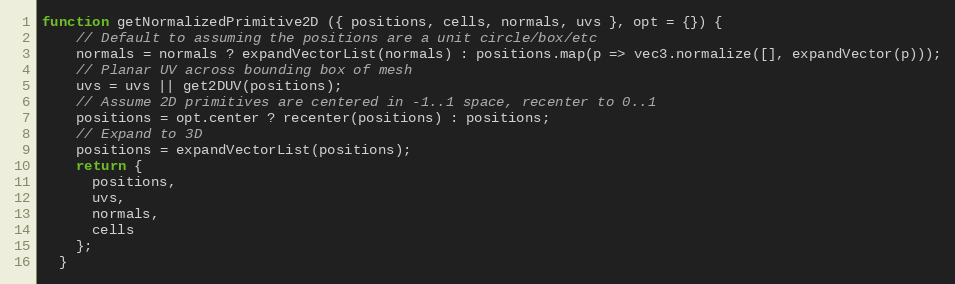
Language: JavaScript
function getNormalizedPrimitive2D ({ positions, cells, normals, uvs }, opt = {}) {
    // Default to assuming the positions are a unit circle/box/etc
    normals = normals ? expandVectorList(normals) : positions.map(p => vec3.normalize([], expandVector(p)));
    // Planar UV across bounding box of mesh
    uvs = uvs || get2DUV(positions);
    // Assume 2D primitives are centered in -1..1 space, recenter to 0..1
    positions = opt.center ? recenter(positions) : positions;
    // Expand to 3D
    positions = expandVectorList(positions);
    return {
      positions,
      uvs,
      normals,
      cells
    };
  }